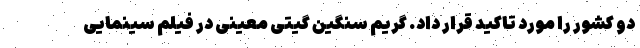
دو کشور را مورد تاکید قرار داد. گریم سنگین گیتی معینی در فیلم سینمایی